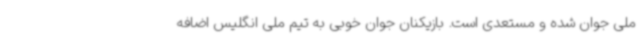
ملی جوان شده و مستعدی است. بازیکنان جوان خوبی به تیم ملی انگلیس اضافه